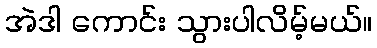
အဲဒါ ကောင်း သွားပါလိမ့်မယ်။